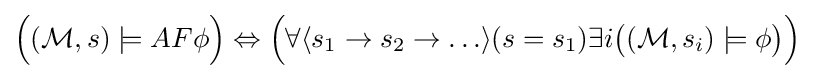
{\Big (}({\mathcal {M}},s)\models AF\phi {\Big )}\Leftrightarrow {\Big (}\forall \langle s_{1}\rightarrow s_{2}\rightarrow \ldots \rangle (s=s_{1})\exists i{\big (}({\mathcal {M}},s_{i})\models \phi {\big )}{\Big )}